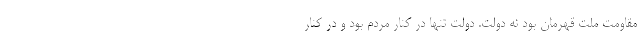
مقاومت ملت قهرمان بود نه دولت. دولت تنها در کنار مردم بود و در کنار